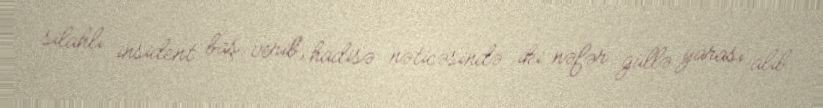
silahlı insident baş verib, hadisə nəticəsində iki nəfər güllə yarası alıb.